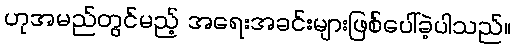
ဟုအမည်တွင်မည့် အရေးအခင်းများဖြစ်ပေါ်ခဲ့ပါသည်။